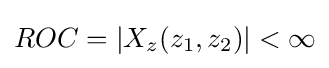
ROC=|X_{z}(z_{1},z_{2})|<\infty